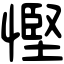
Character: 慳